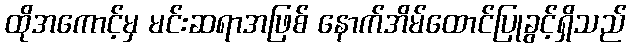
ထိုအကောင့်မှ မင်းဆရာအဖြစ် နောက်အိမ်ထောင်ပြုခွင့်ရှိသည်